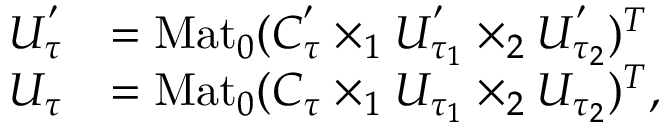
\begin{array} { r l } { U _ { \tau } ^ { ' } } & { = \mathrm { M a t } _ { 0 } ( C _ { \tau } ^ { ' } \times _ { 1 } U _ { \tau _ { 1 } } ^ { ' } \times _ { 2 } U _ { \tau _ { 2 } } ^ { ' } ) ^ { T } } \\ { U _ { \tau } } & { = \mathrm { M a t } _ { 0 } ( C _ { \tau } \times _ { 1 } U _ { \tau _ { 1 } } \times _ { 2 } U _ { \tau _ { 2 } } ) ^ { T } , } \end{array}